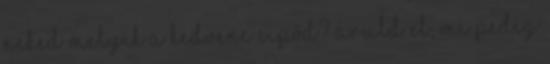
Neked melyik a kedvenc cipőd? Áruld el, mi pedig